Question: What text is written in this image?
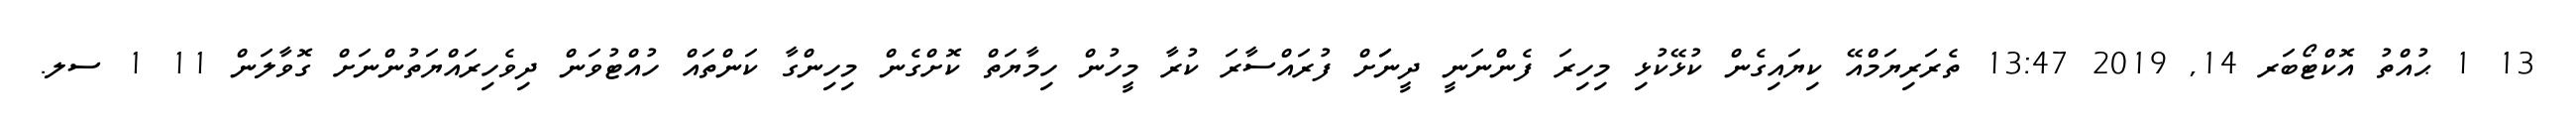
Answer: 13 1 ޙުއްތު އޮކްޓޯބަރ 14, 2019 13:47 ތެރަރިޔަމްއޭ ކިޔައިގެން ކުޅޭކުޅި މިހިރަ ފެންނަނީ ދީނަަށް ފުރައްސާރަ ކުރާ މީހުން ހިމާޔަތް ކޮށްގެން މިހިންގާ ކަންތައް ހުއްޓުވަން ދިވެހިރައްޔަތުންނަށް ގޮވާލަން 11 1 ސލ.